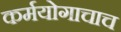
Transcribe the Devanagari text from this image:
कर्मयोगाचाच